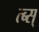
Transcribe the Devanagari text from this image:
त्ब्स्